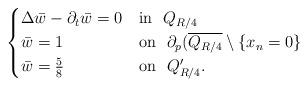
LaTeX: \begin{align*}\begin{cases} \Delta \bar{w}-\partial_t\bar{w}=0 &{\rm{in}} \ \ Q_{R/4} \cr\bar{w}=1 &{\rm{on}} \ \ \partial_p(\overline{Q_{R/4}}\setminus\{x_n=0\} \cr\bar{w}=\frac{5}{8} &{\rm{on}} \ \ Q_{R/4}'. \cr\end{cases}\end{align*}